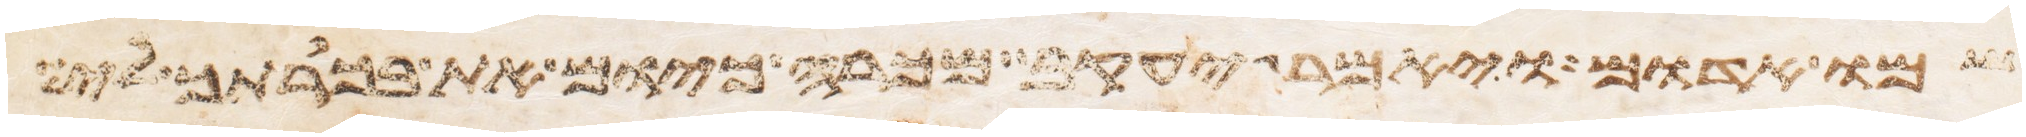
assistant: שמו אדום ויאמר יעקב מכרה כיום את בכרתך לי